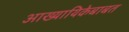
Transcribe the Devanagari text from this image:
आख्यायिकेबाबत